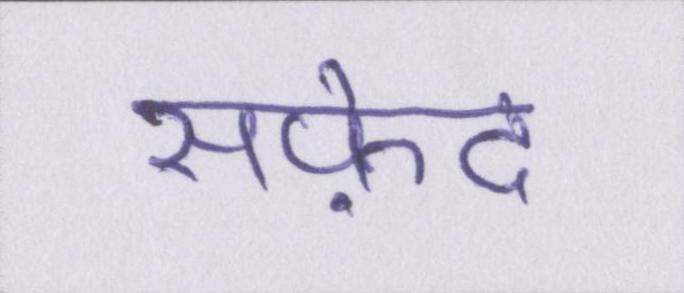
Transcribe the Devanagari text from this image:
सफ़ेद